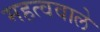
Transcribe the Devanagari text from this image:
महत्ववाले